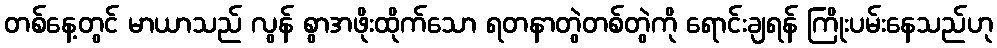
တစ်နေ့တွင် မာယာသည် လွန် စွာအဖိုးထိုက်သော ရတနာတွဲတစ်တွဲကို ရောင်းချရန် ကြိုးပမ်းနေသည်ဟု